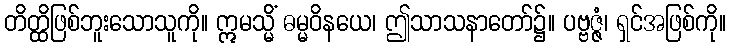
တိတ္ထိဖြစ်ဘူးသောသူကို။ ဣမသ္မိံ ဓမ္မဝိနယေ၊ ဤသာသနာတော်၌။ ပဗ္ဗဇ္ဇံ၊ ရှင်အဖြစ်ကို။